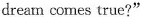
drean comes true?"